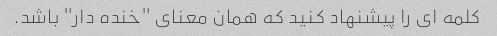
کلمه ای را پیشنهاد کنید که همان معنای "خنده دار" باشد.